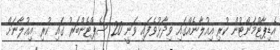
އެޑިޕާޓްމަންޓުން ކުރި އިއުލާނެއްގައި ވިދާޅުވެފައި ވަނީ 20 ސެޕްޓެންބަރު ގައި ކުރި އިޢުލާނަށް